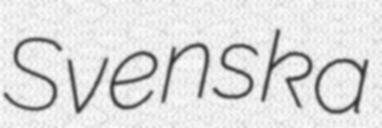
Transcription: Svenska